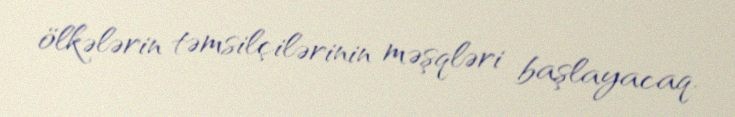
ölkələrin təmsilçilərinin məşqləri başlayacaq.